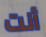
أنت